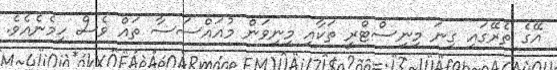
އޭގެ ތެރޭގައި ގިނަ މިނިސްޓްރީ ތަކާއި މިނިވަން މުއައްސަސާ ތައް ވެސް ހިމެނެއެވެ.